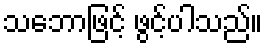
သဘောဖြင့် ဖွင့်ပါသည်။